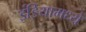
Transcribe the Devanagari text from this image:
इंडियामध्‍ये